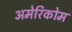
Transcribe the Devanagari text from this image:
अमेरिकोम